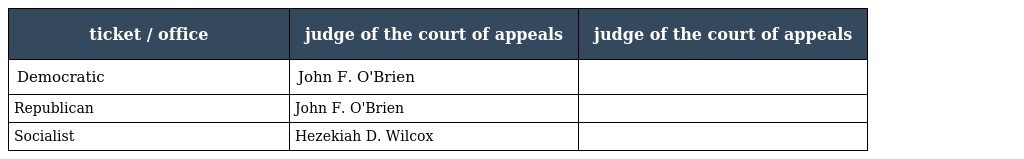
| ticket / office | judge of the court of appeals | judge of the court of appeals |
 | --- | --- | --- |
 | Democratic | John F. O'Brien |  |
 | Republican | John F. O'Brien |  |
 | Socialist | Hezekiah D. Wilcox |  |